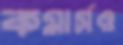
কমার্সও